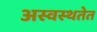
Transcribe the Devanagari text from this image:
अस्वस्थतेत